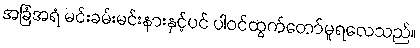
အခြံအရံ မင်းခမ်းမင်းနားနှင့်ပင် ပါဝင်ထွက်တော်မူရလေသည်။